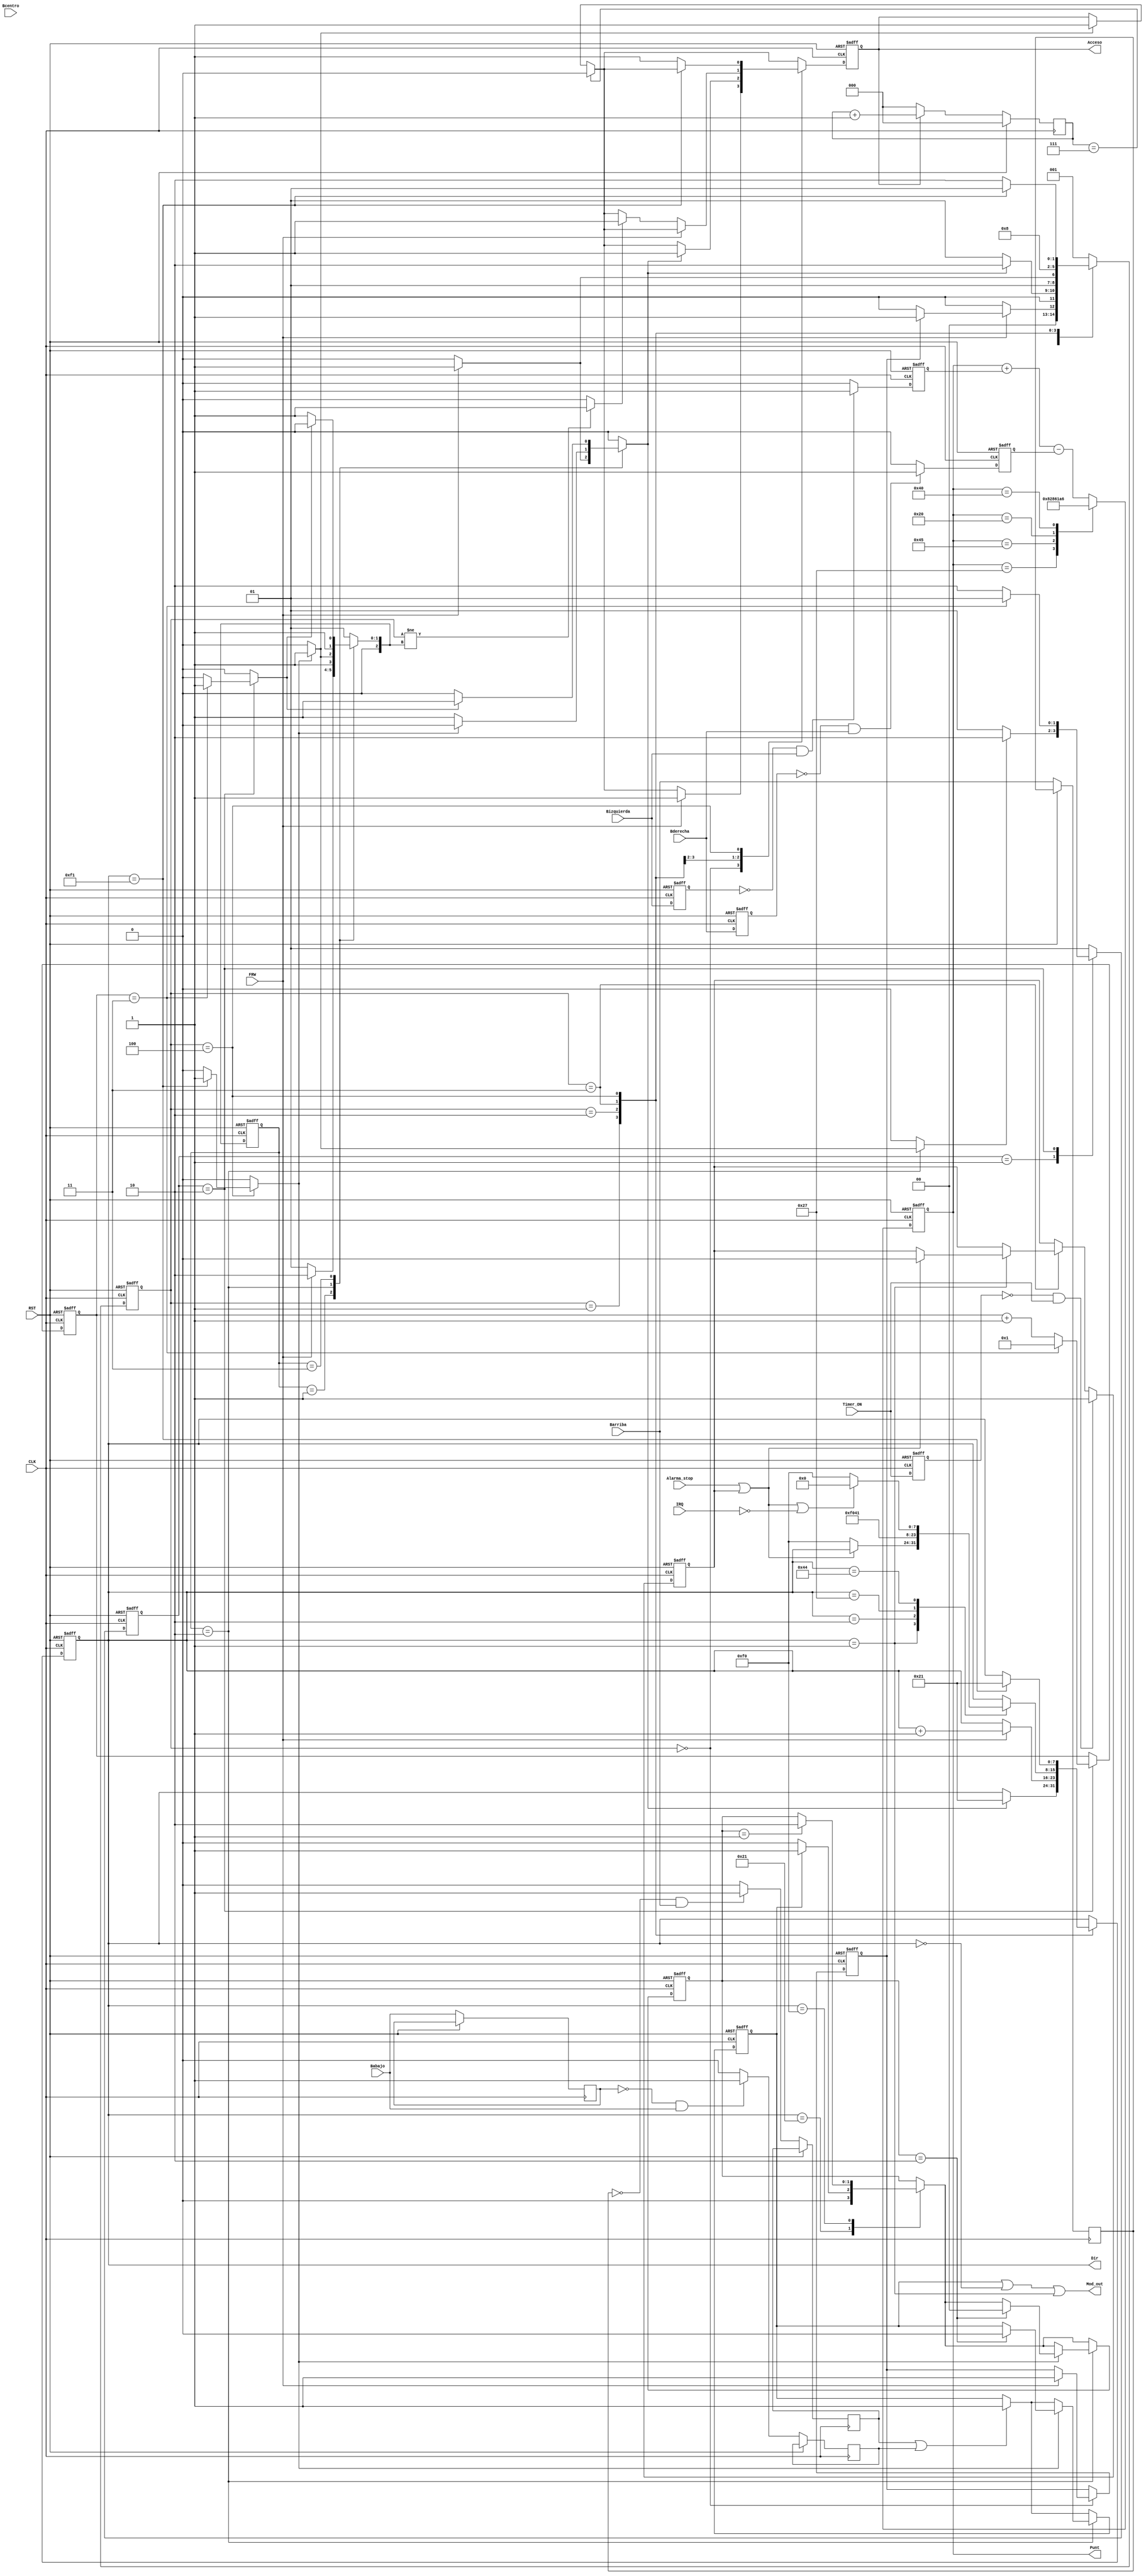
//////////////////////////////////////////////////////////////////////////////////
// Company:
// Engineer:
//
// Design Name:
// Module Name:    FSMs_Menu
// Module Name:    FSMs_Menu
// Project Name:
// Target Devices:
// Tool versions:
// Description:
//
// Dependencies:
//
// Revision:
// Revision 0.01 - File Created
// Additional Comments:
//
//////////////////////////////////////////////////////////////////////////////////
module FSMs_Menu (IRQ,Alarma_stop,Timer_ON,Barriba,Babajo,Bderecha,Bizquierda,Bcentro,RST,FRW,Acceso,Mod_out,CLK,Dir,Punt);

input wire CLK,Alarma_stop,IRQ,Barriba,Timer_ON,Babajo,Bderecha,Bizquierda,Bcentro,RST,FRW; //IRQ: interrupcion del RTC para temporizador,FRW:finalizo lectura/escritura
output reg [7:0] Dir; //Direccion de memoria del rtc al que se apunta
//output reg CMD; //Indicador de que se debe habilitar la direccin de comando F0 para transferir los datos de la RAM al RTC
output reg Acceso; //Acceso: a control RTC, Mod: modificacion del RTC, Alarma:Apagar alarma,Num++/Num--:aumentar/disminuir valor contenido en la direccion actual
output reg [6:0] Punt;//Es un puntero que guarda la direccion donde se estan editando los valores
//////////////////////////////////Maquina de Estados Principal///////////////////////////////////////////////////
localparam [7:0]TiempoEspera=8'd3;
//Registros de estado
reg [2:0] EstadoActual;
reg [2:0] EstadoSiguiente;
reg Mod_Siguiente;
reg Numup_Siguiente;
reg Numdown_Siguiente;
output wire Mod_out;
//Registros Internos
reg Bcentro_reg;
reg Barrido; //Indica que se debe recorrer la memoria
reg FBarrido; //Proviene de la maquina de Cuenta e indica que se ha terminado de recorrer la memoria
reg Espera; //Indica a la maquina de estado que debe realizar un ciclo de espera
reg [7:0] cuenta_espera;
reg Accesonxt, AccesoCMD; //Variable para manejar los valores de la salida de Acceso en la l?gica combinacional
reg Fespera;//La maquina de estado de espera indica que termino la espera
wire Fcount;//Variable que indica el fin de la cuenta de direcciones
reg [6:0] Punt_Siguiente;//variable a asignar a puntero en el ciclo de relog siguiente
assign Fcount=Dir==8'hf1;//Constante de ultima direccion
reg Bcentro_reg_ant;
reg Bderecha_reg;
reg Barriba_reg;
reg Babajo_reg;
reg Bderecha_reg_ant;//Valor anterior se usa para detectar el flanco
reg Bizquierda_reg;
reg Bizquierda_reg_ant;//Valor anterior se usa para detectar el flanco
reg Barriba_reg_ant;
reg Babajo_reg_ant;
reg Mod;
assign Mod_out =(Mod)||(Dir==8'h00)||(Dir==8'h01);
//Valores Iniciales y asignacion de estado
//////////////////////////////////Maquina de estados Principal//////////////////////
reg [1:0] Mod_Barrido;
reg [1:0] Mod_Barrido_sig;
always @( posedge CLK,posedge RST)
begin
	if (RST)
	begin
		EstadoActual <= 3'd1 ; //Estado inicial
		Mod<=1'b1;
		Bcentro_reg<=1'b0;
		Bcentro_reg_ant<=1'b0;
		Mod_Barrido<=2'b00;
	end
	else
	begin
		Mod_Barrido<=Mod_Barrido_sig;
		EstadoActual <= EstadoSiguiente ;
		Mod<=(Mod_Siguiente);
		Bcentro_reg_ant<=Bcentro;
		if(~Bcentro_reg_ant && Bcentro)
		begin
			Bcentro_reg<=1'b1;
		end
		else
		begin
			if(EstadoActual==3'd4)
			begin
				Bcentro_reg<=1'b0;
			end
			else
			begin
				Bcentro_reg<=Bcentro_reg;
			end
		end
	end
end

//Logica Combinacional de siguiente estado y logica de salida
always @(*)
begin

		case(Dir)
		8'h21:if(Mod==1'b1)
			begin
				Mod_Barrido_sig=2'b01;
			end
			else
			begin
				Mod_Barrido_sig=Mod;
			end
		8'hf0:if(Mod_Barrido==2'b01)
				begin
					Mod_Barrido_sig=2'b10;
				end
				else
				begin
					Mod_Barrido_sig=Mod_Barrido;
				end
		default
		begin
			Mod_Barrido_sig=Mod_Barrido;
		end
		endcase

	if((Barriba_reg)||(Babajo_reg)) Mod_Siguiente = 1'b1;
	else Mod_Siguiente = Mod;
	Espera=1'b0;
	Barrido=1'b0;

	if(FBarrido)AccesoCMD = 1'b1;
	else AccesoCMD = 1'b0;

	case(EstadoActual)//distintos estados
	3'd1:if(FRW)
		begin
			Barrido=1'b1;//luego de la inicializacion se realiza un barrido de lectura
			EstadoSiguiente=3'd2;
		end
		else
		begin
			EstadoSiguiente=3'd1;//se espera a que se termine la inicializacion
		end
	3'd2:if(FBarrido)
		begin
			Espera=1'b1;//en caso de terminar el barrido de memoria se inicia la maquina de estados de espera
			EstadoSiguiente=3'd3;
			if(Mod_Barrido==2'b10)
			begin
				Mod_Siguiente=1'b0;
				Mod_Barrido_sig=2'b00;
			end
			else
			begin
				Mod_Siguiente=Mod;
			end
		end
		else
		begin
			Barrido=1'b1;//Se mantiene la se?al de barrido, y se espera a la finalizacion de la maquina de cuenta
			EstadoSiguiente=3'd2;
		end

	3'd3:if(Fespera)
		begin
			Barrido=1'b1;
			EstadoSiguiente=3'd2;//al terminar la espera se iniciara un nuevo barrido
		end
		else
		begin
			EstadoSiguiente=3'd3;//se espera a que la maquina de espera termine
		end
	default
	begin
		EstadoSiguiente = 3'd1;
	end
	endcase
end

//////////////////////////////////////Maquina de estados de Cuenta////////////////////////////////////
//Registros de estado
reg [2:0] EstadoActualc;
reg [2:0] EstadoSiguientec;
reg [7:0] Dir_Siguiente;
reg inicializacion;
reg inicializacion_sig;
reg Timer_ON_reg;
reg Timer_ON_reg_ant;
reg Timer_ON_reg_sig;
//Valores Iniciales y asignacion de estado
always@ ( posedge CLK, posedge RST )
begin
	if (RST)
	begin
		Acceso <= 1'b1;
		EstadoActualc <= 3'd0;
		Dir <= 7'h02;
		inicializacion <=1'b0;

		Timer_ON_reg<=1'b0;
		Timer_ON_reg_ant<=1'b0;
	end
	else
	begin
		Acceso <= Accesonxt;
		EstadoActualc <= EstadoSiguientec;
		Dir <= Dir_Siguiente;
		inicializacion<=inicializacion_sig;

		Timer_ON_reg_ant<=Timer_ON;
		if(~Timer_ON_reg_ant && Timer_ON)
		begin
			Timer_ON_reg<=1'b1;
		end
		else
		begin
			Timer_ON_reg<=Timer_ON_reg_sig;
		end

	end
end

reg [2:0] cnt;   //Contador para limitar el tiempo de una seal
always @(posedge CLK) begin
	if(RST) begin
		cnt <= 1'b0;
	end
	else begin
		if(Acceso) cnt <= cnt + 1'b1;
		else cnt <= 1'b0;
	end
end

reg InicioEstado; //Variable para saber si es la primera vez que se ingresa a un estado

always @(*)
begin
	if(EstadoActualc != EstadoSiguiente) InicioEstado = 1'b1;
	else InicioEstado = 1'b0;
	if(cnt == 3'b111) Accesonxt = 1'b0;
	else begin
		if(AccesoCMD) Accesonxt = 1'b1;
		else Accesonxt = Acceso;
	end
	Timer_ON_reg_sig=Timer_ON_reg;
	FBarrido=1'b0;
	EstadoSiguientec = 3'd1;
	Dir_Siguiente=Dir;
	inicializacion_sig=inicializacion;
	case(EstadoActualc)
	3'd0:if(FRW) begin
			Accesonxt = 1'b1;
			if(inicializacion==0)
			begin
				EstadoSiguientec = 3'd0;
				inicializacion_sig=1'b1;
			end
			else
			begin
				EstadoSiguientec = 3'd1;
			end
		end
		else
		begin
			EstadoSiguientec = 3'd0;
		end
	3'd1:if(Barrido)
		begin
			EstadoSiguientec=3'd2;
			Dir_Siguiente=8'h21;
			Accesonxt=1'b1;
		end
		else
		begin
			EstadoSiguientec=3'd1;
		end
	3'd2:if(FRW)
		begin
			Dir_Siguiente = Dir + 1'b1;
			EstadoSiguientec=3'd3;
//		Accesonxt=1'b1;
		end
		else
		begin
			if(InicioEstado) Accesonxt=1'b1;
			EstadoSiguientec=3'd2;
		end

	3'd3:case(Dir)
			7'h01:
				if(Alarma_stop||Timer_ON_reg)
				begin
					EstadoSiguientec=3'd4;
					Timer_ON_reg_sig=1'b0;
				end
				else
				begin
					Dir_Siguiente=8'hf0;
					EstadoSiguientec=3'd4;
				end

			7'h02:
				begin
				Dir_Siguiente=8'hf0;
				EstadoSiguientec=3'd4;
				end

			7'h27:
				begin
				Dir_Siguiente=8'h41;
				EstadoSiguientec=3'd4;
				end
			7'h44:
				if((Timer_ON_reg)||(Alarma_stop)||(~IRQ))
				begin
					Dir_Siguiente=8'h00;
					EstadoSiguientec=3'd4;
				end
				else
				begin
					Dir_Siguiente=8'hf0;
					EstadoSiguientec=3'd4;
				end
			default
			begin
				Dir_Siguiente=Dir;
				EstadoSiguientec=3'd4;
			end
		endcase

	3'd4:if(Fcount)
		begin
			FBarrido=1'b1;
			EstadoSiguientec=3'd1;
			Dir_Siguiente=8'h21;
		end
		else
		begin
			EstadoSiguientec=3'd2;
			Accesonxt=1'b1;
		end
	default
	begin
		EstadoSiguientec = 3'd1;
	end
	endcase
end
//////////////////////////////////////Maquina de estados de Espera////////////////////////////////////
//Registros de estado
reg [1:0] EstadoActuale;
reg [1:0] EstadoSiguientee;
reg [7:0] cuenta_espera_sig;
//Valores Iniciales y asignacion de estado
always@ ( posedge CLK, posedge RST )
begin
	if (RST)
	begin
		EstadoActuale <= 2'd1;
		cuenta_espera <= 8'd1;
	end
	else
	begin
		cuenta_espera <= cuenta_espera_sig;
		EstadoActuale <= EstadoSiguientee;
	end
end


always @(*)
begin
	cuenta_espera_sig = cuenta_espera;
	Fespera=1'b0;
	EstadoSiguientee=2'd1;
	case(EstadoActuale)
	3'd1:if(Espera)
		begin
			EstadoSiguientee=2'd2;
		end
		else
		begin
			EstadoSiguientee=2'd1;
		end

	3'd2:if(cuenta_espera==TiempoEspera)
		begin
			cuenta_espera_sig=8'b1;
			Fespera = 1'b1;
			EstadoSiguientee=2'd1;
		end
		else
		begin
			cuenta_espera_sig = cuenta_espera+1'b1;
			EstadoSiguientee = 2'd2;
		end
	default
	begin
		EstadoSiguientee = 2'd1;
	end
	endcase
end


/////////////////////////////////////Maquina de puntero///////////////////////////

always@ ( posedge CLK, posedge RST )
begin
	if (RST)
	begin
		Punt<=7'h20;
		Bderecha_reg<= 1'b0;
		Bderecha_reg_ant<=1'b0;
		Bizquierda_reg<= 1'b0;
		Bizquierda_reg_ant<=1'b0;
	end
	else
	begin
		Punt<=Punt_Siguiente;
		Bderecha_reg_ant<=Bderecha;
		if(~Bderecha_reg_ant && Bderecha)
		begin
			Bderecha_reg<=1'b1;
		end
		else
		begin
			Bderecha_reg<=1'b0;
		end
		Bizquierda_reg_ant<=Bizquierda;
		if(~Bizquierda_reg_ant && Bizquierda)
		begin
			Bizquierda_reg<=1'b1;
		end
		else
		begin
			Bizquierda_reg<=1'b0;
		end

		Barriba_reg_ant<=Barriba;
		if(~Barriba_reg_ant && Barriba)
		begin
			Barriba_reg<=1'b1;
		end
		else
		begin
			Barriba_reg<=1'b0;
		end

		Babajo_reg_ant<=Babajo;
		if(~Babajo_reg_ant && Babajo)
		begin
			Babajo_reg<=1'b1;
		end
		else
		begin
			Babajo_reg<=1'b0;
		end
	end
end

always @(*)
begin
	Punt_Siguiente=Punt+Bizquierda_reg - Bderecha_reg;
	if(1'b0/*Bcentro_reg*/)
	begin
		Punt_Siguiente=7'h19;
	end
	else
	begin
		case(Punt)
			7'h27:Punt_Siguiente=7'h41; //saltos de puntero
			7'h45:Punt_Siguiente=7'h21;
			7'h20:Punt_Siguiente=7'h43;
			7'h40:Punt_Siguiente=7'h26;
  			//7'h18:Punt_Siguiente=7'h21;
		default
		begin
			Punt_Siguiente=Punt + Bizquierda_reg - Bderecha_reg;
		end
		endcase
	end
end


endmodule